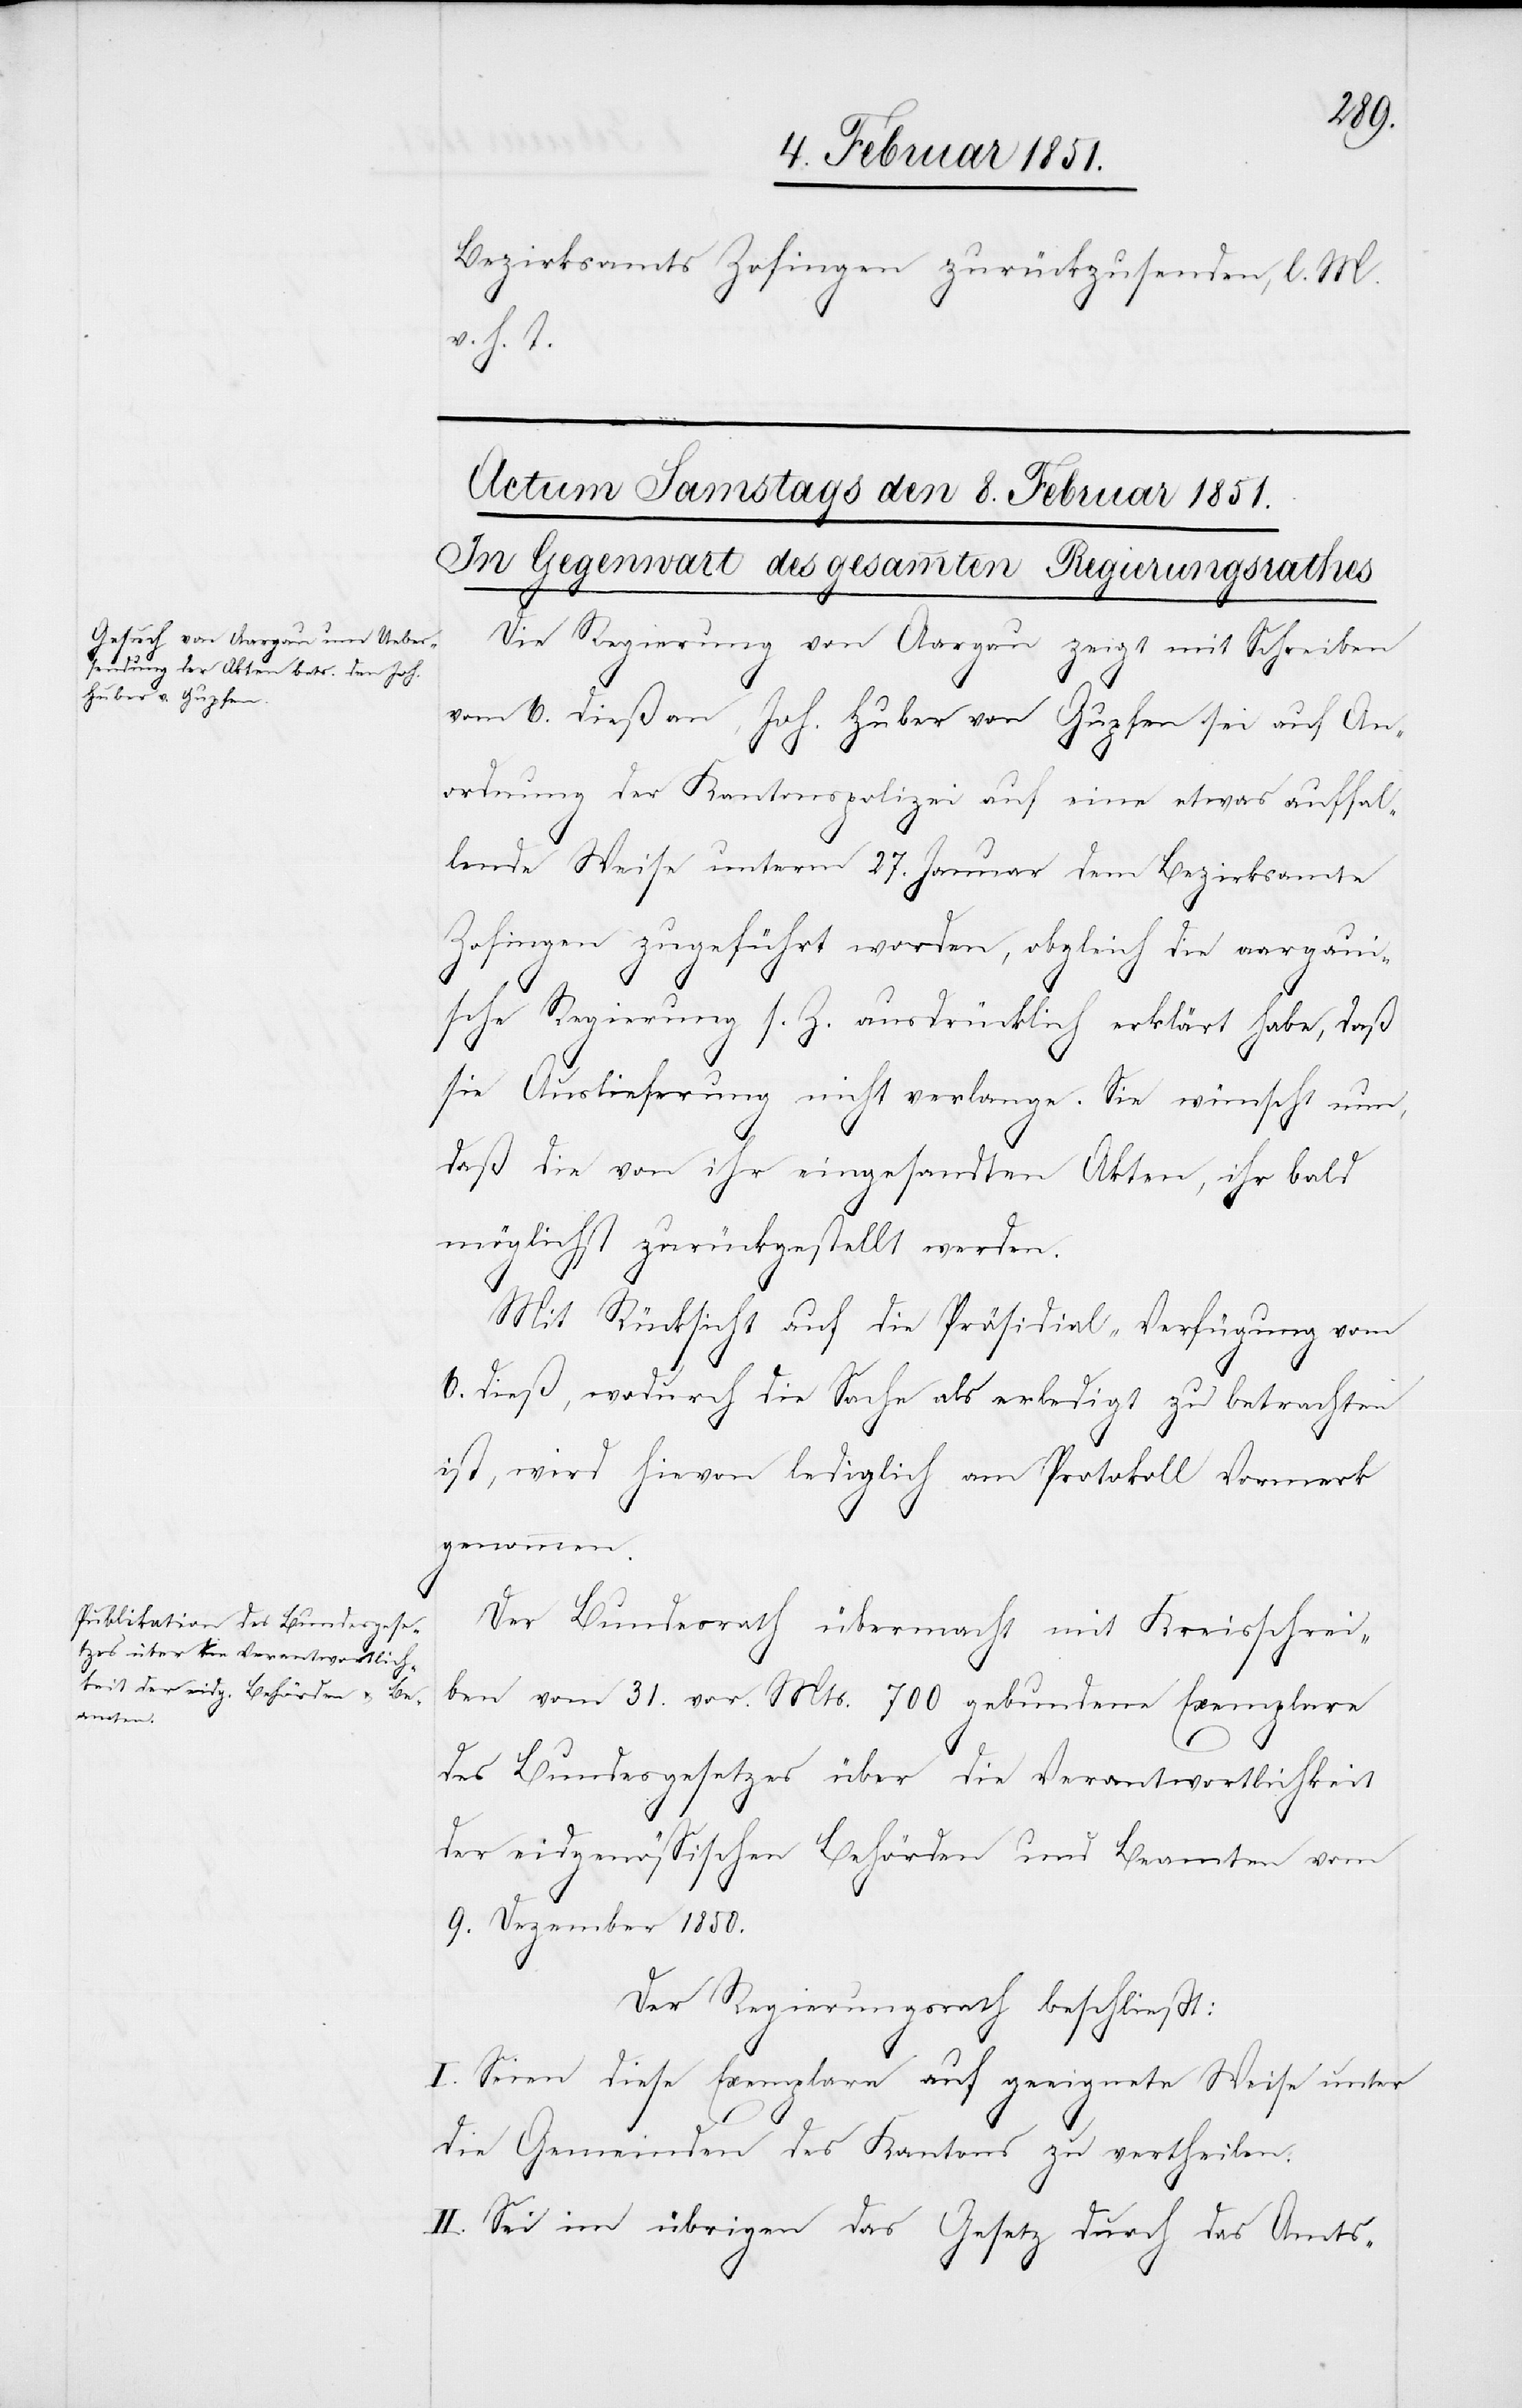
Bezirksamts Zofingen zurückzusenden, l. M.
v. h. T.
Die Regierung von Aargau zeigt mit Schreiben
vom 6. dieß an, Joh. Huber von Gupfen sei auf An¬
ordnung der Kantonspolizei auf eine etwas auffal¬
lende Weise unterm 27. Januar dem Bezirksamte
Zofingen zugeführt worden, obgleich die aargaui¬
sche Regierung s. Z. ausdrücklich erklärt habe, daß
sie Auslieferung nicht verlange. Sie wünscht nun,
daß die von ihr eingesandten Akten, ihr bald
möglichst zurückgestellt werden.
Mit Rücksicht auf die Präsidial-Verfügung vom
6. dieß, wodurch die Sache als erledigt zu betrachten
ist, wird hievon lediglich am Protokoll Vormerk
genommen.
Der Bundesrath übermacht mit Kreisschrei¬
ben vom 31. vor. Mts. 700 gebundene Exemplare
des Bundesgesetzes über die Verantwortlichkeit
der eidgenössischen Behörden und Beamten vom
9. Dezember 1850.
Der Regierungsrath beschließt:
I. Seien diese Exemplare auf geeignete Weise unter
die Gemeinden des Kantons zu vertheilen.
II. Sei im übrigen das Gesetz durch das Amts-